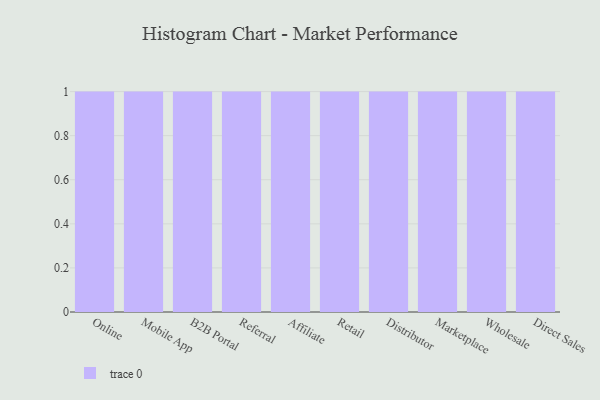
{"axis": {"x": "Channel", "y": "Market Share (%)"}, "legend": [""], "data": [{"x": "Online", "y": 2, "type": ""}, {"x": "Mobile App", "y": 71, "type": ""}, {"x": "B2B Portal", "y": 76, "type": ""}, {"x": "Referral", "y": 35, "type": ""}, {"x": "Affiliate", "y": 96, "type": ""}, {"x": "Retail", "y": 32, "type": ""}, {"x": "Distributor", "y": 32, "type": ""}, {"x": "Marketplace", "y": 43, "type": ""}, {"x": "Wholesale", "y": 88, "type": ""}, {"x": "Direct Sales", "y": 25, "type": ""}]}